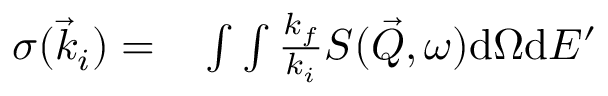
\begin{array} { r l } { { \sigma } ( \vec { k } _ { i } ) = } & { { } \int \int \frac { k _ { f } } { k _ { i } } S ( \vec { Q } , \omega ) \mathrm { d } \Omega \mathrm { d } E ^ { \prime } } \end{array}